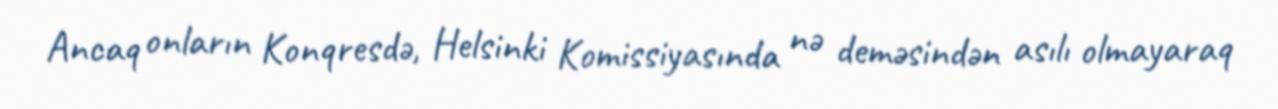
Ancaq onların Konqresdə, Helsinki Komissiyasında nə deməsindən asılı olmayaraq